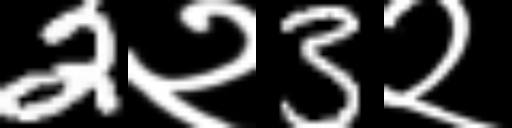
Text: 2२3२